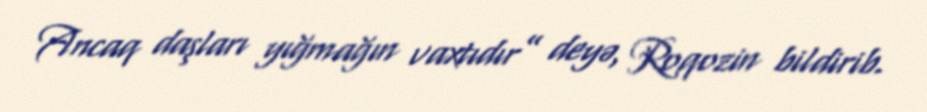
Ancaq daşları yığmağın vaxtıdır” deyə, Roqozin bildirib.